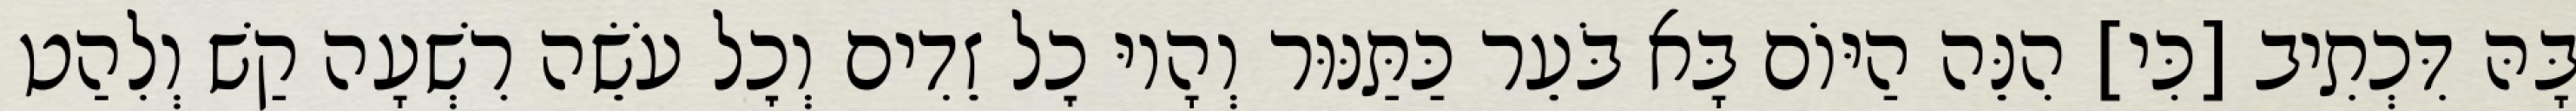
בָּהּ דִּכְתִיב [כִּי] הִנֵּה הַיּוֹם בָּא בֹּעֵר כַּתַּנּוּר וְהָיוּ כׇל זֵדִים וְכׇל עֹשֵׂה רִשְׁעָה קַשׁ וְלִהַט